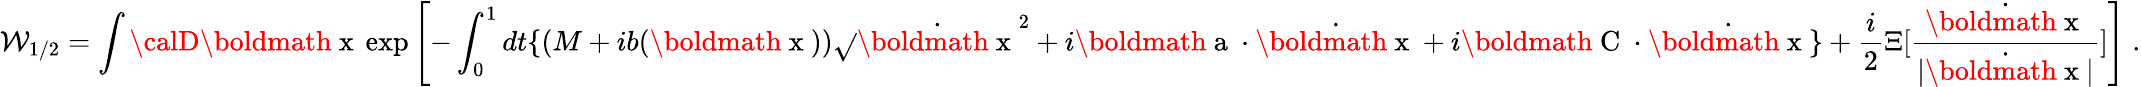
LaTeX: \mathcal{W}_{1/2}=\int{\calD}{\mathrm{{\boldmath~x~}}}\exp\left[-\int_{0}^{1}dt\{ \left(M+ib({\mathrm{{\boldmath~x~}}})\right)\sqrt{}{{\dot{{{\mathrm{{\boldmath~x~}}}}}^{2}}}+i{\mathrm{{\boldmath~a~}}}\cdot\dot{{\mathrm{{\boldmath~x~}}}}+i{\mathrm{{\boldmath~C~}}}\cdot\dot{{\mathrm{{\boldmath~x~}}}}\} +\frac{{i}}{{2}}\Xi[\frac{{\dot{{{\mathrm{{\boldmath~x~}}}}}}}{{|\dot{{{\mathrm{{\boldmath~x~}}}}}|}}]\right]\; .